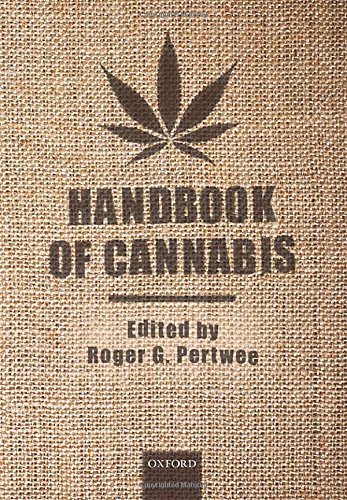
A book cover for Handbook of Cannabis (Handbooks in Psychopharmacology); Medical Books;